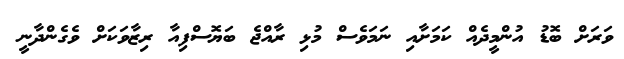
ވަރަށް ބޮޑު އުންމީދެއް ކަމަށާއި ނަމަވެސް މުޅި ރާއްޖެ ބަޔޮސްފިއާ ރިޒާވަކަށް ވެގެންދާނީ